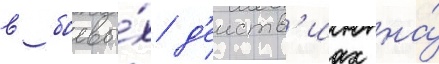
в боевы́х д'еиств'иах на́